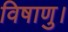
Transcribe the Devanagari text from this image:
विषाणु।